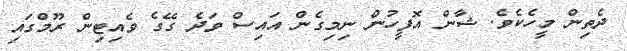
ދެތިން މީހެކެވެ. ޝާން އޮފީހުން ނިމިގެން އައިސް ވަދެ ގޭގެ ވެއިޓިން ރޫމްގައި